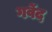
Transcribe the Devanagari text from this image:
गर्वेद